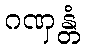
ဂဏှန္တံ